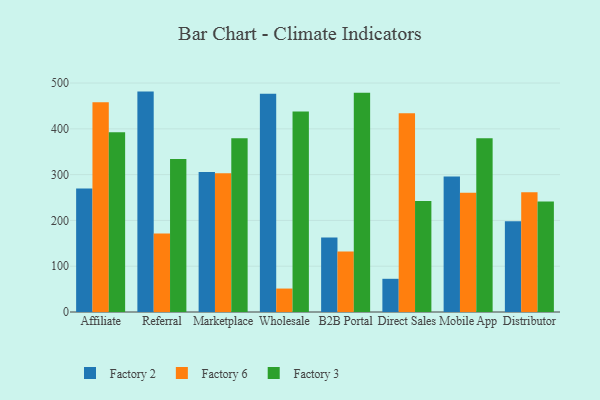
{"axis": {"x": "Channel", "y": "Latency (ms)"}, "legend": ["Factory 2", "Factory 3", "Factory 6"], "data": [{"x": "Affiliate", "y": 269.6, "type": "Factory 2"}, {"x": "Affiliate", "y": 457.9, "type": "Factory 6"}, {"x": "Affiliate", "y": 392.8, "type": "Factory 3"}, {"x": "Referral", "y": 481.3, "type": "Factory 2"}, {"x": "Referral", "y": 171.2, "type": "Factory 6"}, {"x": "Referral", "y": 333.9, "type": "Factory 3"}, {"x": "Marketplace", "y": 305.7, "type": "Factory 2"}, {"x": "Marketplace", "y": 303.0, "type": "Factory 6"}, {"x": "Marketplace", "y": 379.7, "type": "Factory 3"}, {"x": "Wholesale", "y": 476.4, "type": "Factory 2"}, {"x": "Wholesale", "y": 51.2, "type": "Factory 6"}, {"x": "Wholesale", "y": 438.1, "type": "Factory 3"}, {"x": "B2B Portal", "y": 162.8, "type": "Factory 2"}, {"x": "B2B Portal", "y": 131.9, "type": "Factory 6"}, {"x": "B2B Portal", "y": 479.0, "type": "Factory 3"}, {"x": "Direct Sales", "y": 72.5, "type": "Factory 2"}, {"x": "Direct Sales", "y": 434.1, "type": "Factory 6"}, {"x": "Direct Sales", "y": 242.6, "type": "Factory 3"}, {"x": "Mobile App", "y": 296.0, "type": "Factory 2"}, {"x": "Mobile App", "y": 260.6, "type": "Factory 6"}, {"x": "Mobile App", "y": 379.6, "type": "Factory 3"}, {"x": "Distributor", "y": 198.2, "type": "Factory 2"}, {"x": "Distributor", "y": 261.5, "type": "Factory 6"}, {"x": "Distributor", "y": 241.1, "type": "Factory 3"}]}